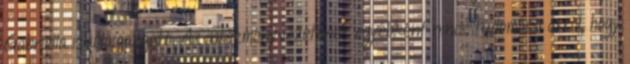
Gabriella iskolaigazgató. Az intézményvezetőnek egyébként nincs tudomása arról, hogy